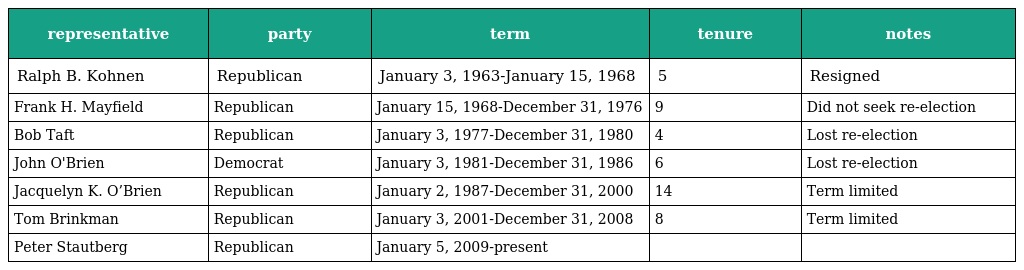
| representative | party | term | tenure | notes |
 | --- | --- | --- | --- | --- |
 | Ralph B. Kohnen | Republican | January 3, 1963-January 15, 1968 | 5 | Resigned |
 | Frank H. Mayfield | Republican | January 15, 1968-December 31, 1976 | 9 | Did not seek re-election |
 | Bob Taft | Republican | January 3, 1977-December 31, 1980 | 4 | Lost re-election |
 | John O'Brien | Democrat | January 3, 1981-December 31, 1986 | 6 | Lost re-election |
 | Jacquelyn K. O’Brien | Republican | January 2, 1987-December 31, 2000 | 14 | Term limited |
 | Tom Brinkman | Republican | January 3, 2001-December 31, 2008 | 8 | Term limited |
 | Peter Stautberg | Republican | January 5, 2009-present |  |  |